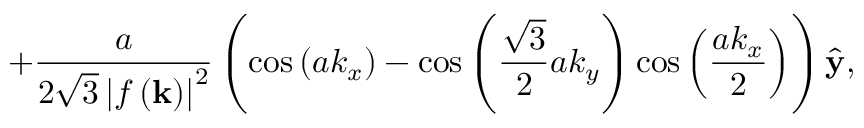
+ \frac { a } { 2 \sqrt { 3 } \left\vert f \left( \mathbf { k } \right) \right\vert ^ { 2 } } \left( \cos \left( a k _ { x } \right) - \cos \left( \frac { \sqrt { 3 } } { 2 } a k _ { y } \right) \cos \left( \frac { a k _ { x } } { 2 } \right) \right) \widehat { \mathbf { y } } ,